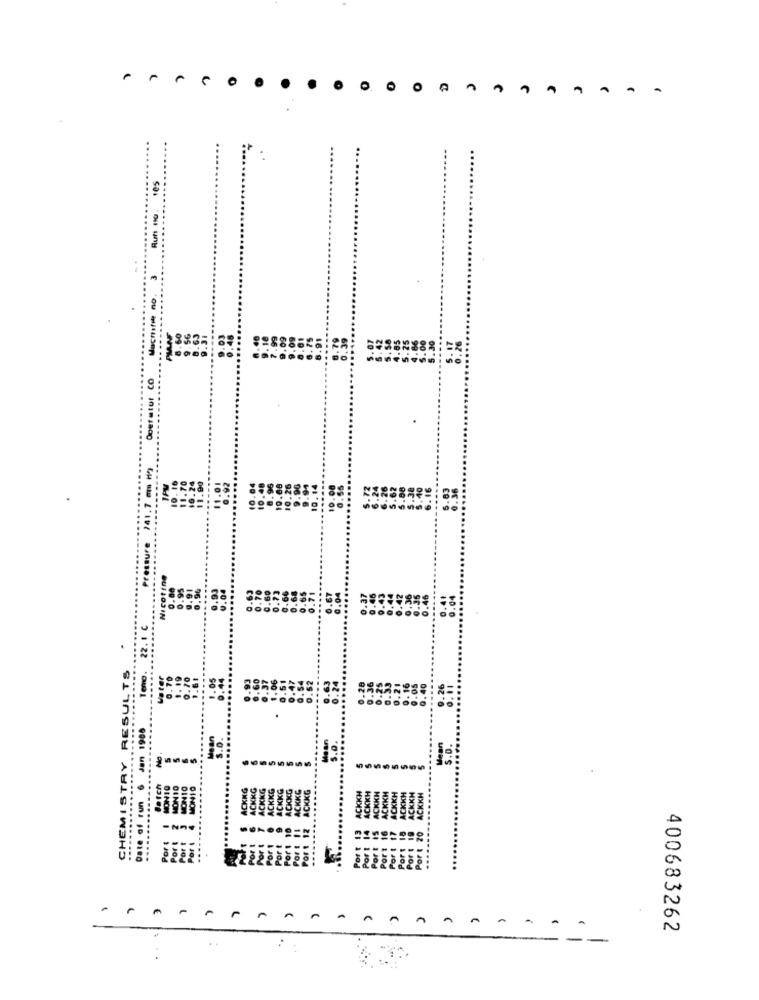
O
..
Machstit no.
....
38335
Operatur CO
........
......
Nicotine
0.04
22.1 C
:. 75
3
.0.
ACKNG
ACKKG
CHEMIS
Date
A
A
A
400683262
--